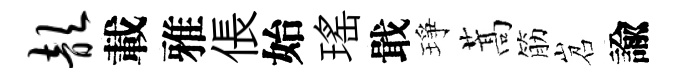
歆載雅倀始瑤戢琤蒿筋岧諭